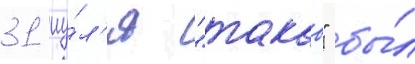
31 иу́л'я "такао" бы́л